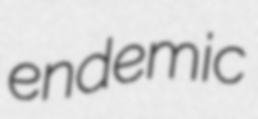
endemic